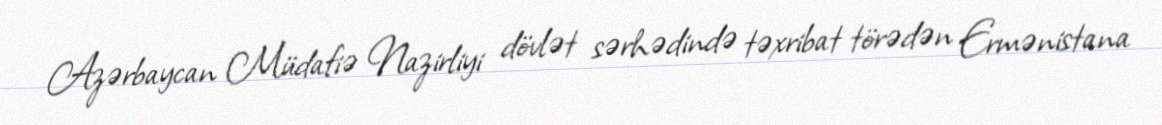
Azərbaycan Müdafiə Nazirliyi dövlət sərhədində təxribat törədən Ermənistana